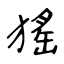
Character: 猺